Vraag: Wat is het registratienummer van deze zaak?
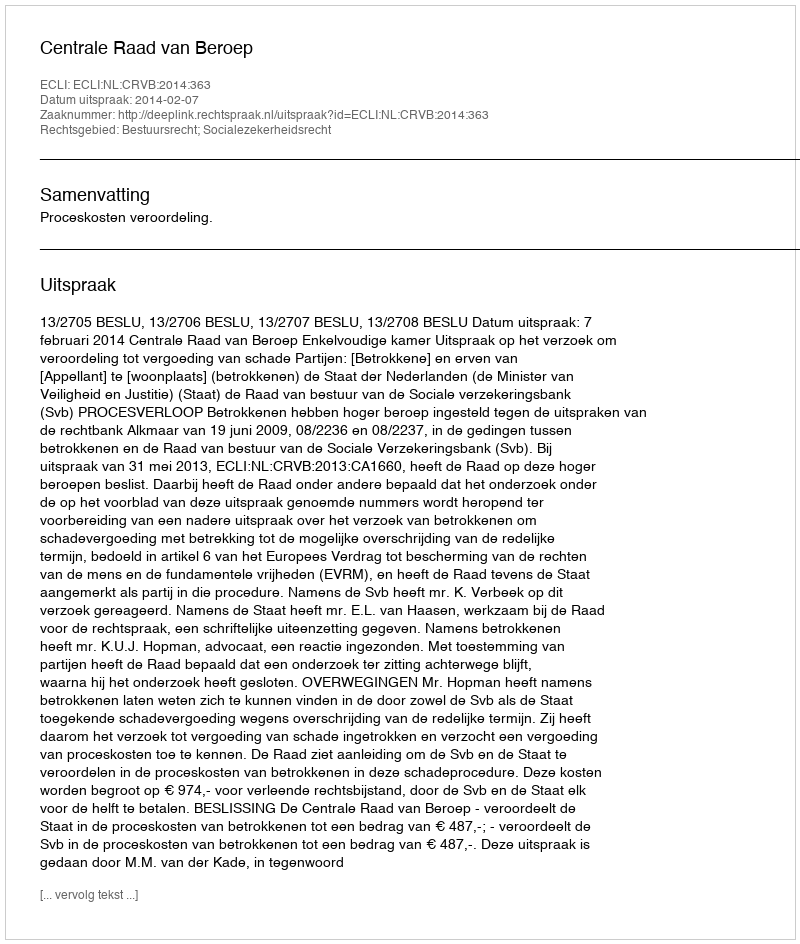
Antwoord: http://deeplink.rechtspraak.nl/uitspraak?id=ECLI:NL:CRVB:2014:363